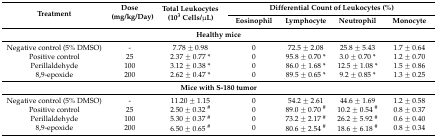
<table><thead><tr><td rowspan="2"><b>Treatment</b></td><td rowspan="2"><b>Dose (mg/kg/Day)</b></td><td rowspan="2"><b>Total Leukocytes (10<sup>3</sup> Cells/μL)</b></td><td colspan="4"><b>Differential Count of Leukocytes (%)</b></td></tr><tr><td><b>Eosinophil</b></td><td><b>Lymphocyte</b></td><td><b>Neutrophil</b></td><td><b>Monocyte</b></td></tr></thead><tbody><tr><td colspan="7"><b>Healthy mice</b></td></tr><tr><td>Negative control (5% DMSO)</td><td>-</td><td>7.78 ± 0.98</td><td>0</td><td>72.5 ± 2.08</td><td>25.8 ± 5.43</td><td>1.7 ± 0.64</td></tr><tr><td>Positive control</td><td>25</td><td>2.37 ± 0.77 *</td><td>0</td><td>95.8 ± 0.70 *</td><td>3.0 ± 0.70 *</td><td>1.2 ± 0.70</td></tr><tr><td>Perillaldehyde</td><td>100</td><td>3.12 ± 0.38 *</td><td>0</td><td>86.0 ± 1.68 *</td><td>12.5 ± 1.08 *</td><td>1.5 ± 0.86</td></tr><tr><td>8,9-epoxide</td><td>200</td><td>2.62 ± 0.47 *</td><td>0</td><td>89.5 ± 0.65 *</td><td>9.2 ± 0.85 *</td><td>1.3 ± 0.25</td></tr><tr><td colspan="7"><b>Mice with S-180 tumor</b></td></tr><tr><td>Negative control (5% DMSO)</td><td>-</td><td>11.20 ± 1.15</td><td>0</td><td>54.2 ± 2.61</td><td>44.6 ± 1.69</td><td>1.2 ± 0.58</td></tr><tr><td>Positive control</td><td>25</td><td>2.50 ± 0.32 <sup>#</sup></td><td>0</td><td>89.0 ± 0.70 <sup>#</sup></td><td>10.2 ± 0.54 <sup>#</sup></td><td>0.8 ± 0.37</td></tr><tr><td>Perillaldehyde</td><td>100</td><td>5.30 ± 0.37 <sup>#</sup></td><td>0</td><td>73.2 ± 2.17 <sup>#</sup></td><td>26.2 ± 5.92 <sup>#</sup></td><td>0.6 ± 0.40</td></tr><tr><td>8,9-epoxide</td><td>200</td><td>6.50 ± 0.65 <sup>#</sup></td><td>0</td><td>80.6 ± 2.54 <sup>#</sup></td><td>18.6 ± 6.18 <sup>#</sup></td><td>0.8 ± 0.34</td></tr></tbody></table>